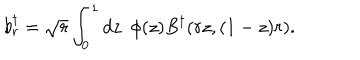
b _ { r } ^ { \dagger } = \sqrt { r } \int _ { 0 } ^ { 1 } d z \ \ \phi ( z ) B ^ { \dagger } ( r z , ( 1 - z ) r ) .